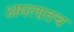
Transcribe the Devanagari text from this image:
अमलातच